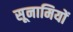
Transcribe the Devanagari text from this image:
सूनामियों